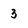
Character: 3